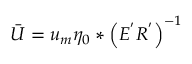
\Bar { U } = u _ { m } \eta _ { 0 } * \left( E ^ { ' } R ^ { ' } \right) ^ { - 1 }